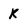
Character: K